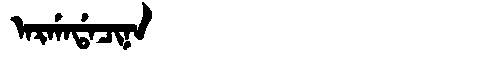
Manchu: ᠠᡵᡤᠠᡩᠠᠴᡳᠨᠠ
Romanization: ARGADACINA